Annual administration and progress report of the Indian Medical Department, Bombay
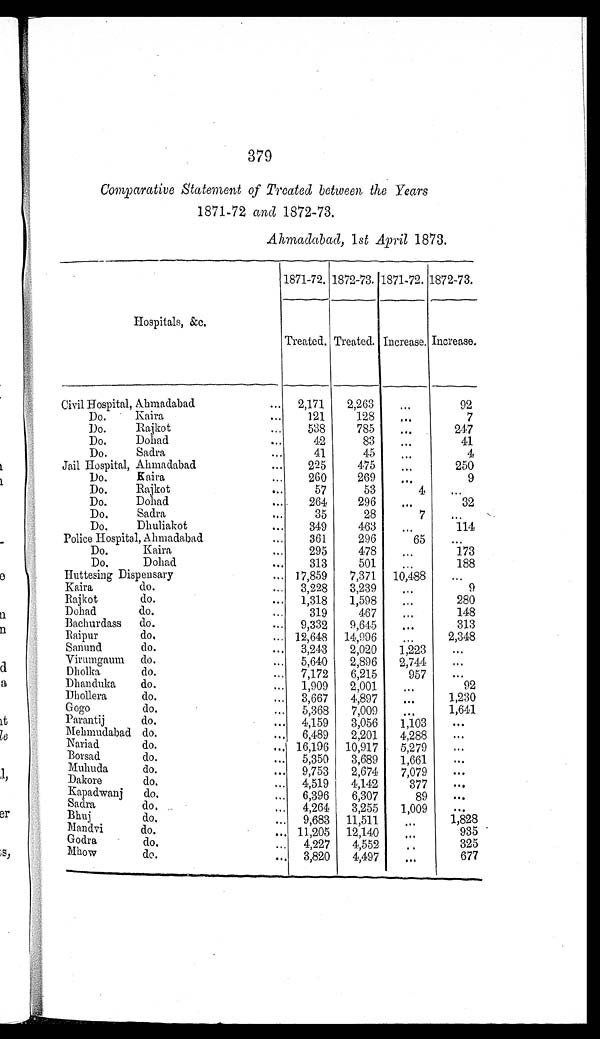
379
Comparative Statement of Treated between the Years
1871-72 and 1872-73.
Ahmadabad, 1 st April 1873.
Hospitals, &c.
1871-72. 1872-73. 1871-72. 1872-73.
Treated. Treated. Increase. Increase.
Civil Hospital, Ahmadabad . . .
2,171
2,263
. . .
92
Do. Kaira . . .
121
128
. . .
7
Do. Rajkot . . .
538
785
. . .
247
Do. Dohad . . .
42
83
. . .
41
Do. Sadra . . .
41
4 5
. . .
4
Jail Hospital, Ahmadabad . . .
225
475
. . .
250
Do. Kaira . . .
260
269
. . .
9
Do. Rajkot . . .
57
53
4
. . .
Do. Dohad . . .
264
296
. . .
32
Do. Sadra . . .
35
28
7
. . .
Do. Dhuliakot . . .
349
463
. . .
114
Police Hospital, Ahmadabad . . .
361
296
65
. . .
Do. Kaira . . .
295
478
. . .
173
Do. Dohad . . .
313
501
. . .
188
Huttesing Dispensary . . .
17,859
7,371
10,488
. . .
K a i r a d o . . . .
3,228
3,239
. . .
9
Rajkot do. . . .
1,318
1,598
. . .
280
Dohad do. . . .
319
467
. . .
148
Bachurdass do. . . .
9,332
9,645
. . .
313
Raipur do. . . .
12,648
14,996
. . . 2,348
Sanund do. . . .
3,243
2,020
1,223
. . .
Virumgaum do. . . .
5,640
2,896
2,744
. . .
Dholka do. . . .
7,172
6,215
957
. . .
Dhanduka do. . . .
1,909
2,001
. . .
92
Dhollera do. . . .
3,667
4,897
. . . 1,230
Gogo do. . . .
5,368
7,009
. . . 1,641
Parantij do. . . .
4,159
3,056
1,103
. . .
Mehmudabad do. . . .
6,489
2,201
4,288
. . .
Nariad do. . . .
16,196
10,917
5,279
. . .
Borsad do. . . .
5,350
3,689
1,661
. . .
Muhuda do. . . .
9,753
2,674
7,079
. . .
Dakore do. . . .
4,519
4,142
377
. . .
Kapadwanj do. . . .
6,396
6,307
89
. . .
Sadra do. . . .
4,264
3,255
1,009
. . .
Bhuj do. . . .
9,683
11,511
. . .
1,828
Mandvi do. . . .
11,205
12,140
. . .
935
Godra do. . . .
4,227
4,552
. . .
325
Mhow do. . . .
3,820
4,497
. . .
677